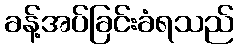
ခန့်အပ်ခြင်းခံရသည်